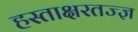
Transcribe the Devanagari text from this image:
हस्ताक्षरतज्ज्ञ